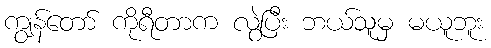
ကျွန်တော် ကိုရီတာက လွဲပြီး ဘယ်သူမှ မယူဘူး